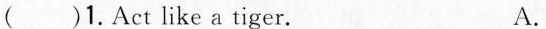
( )1.Act like a tiger. A.